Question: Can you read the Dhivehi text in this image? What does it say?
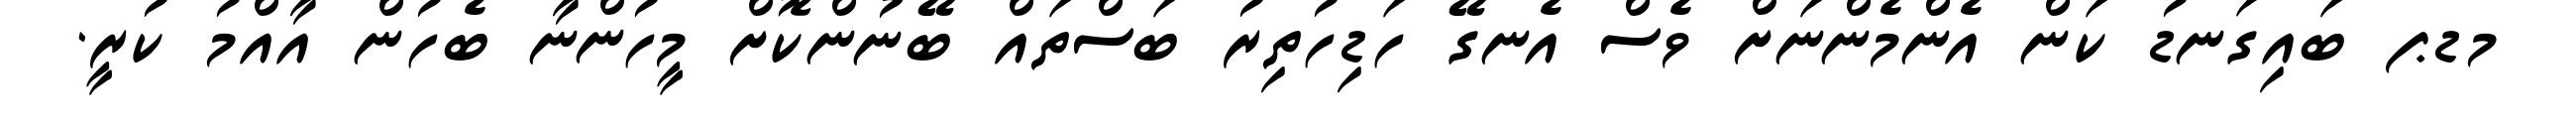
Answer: މޑޕ ބައިގަނޑު ކަން އެންމެންނަށް ވެސް އެނގޭ ހަޑިހުތިރު ބަސްތައް ބޭނުންކޮށް މީހުންނާ ބެހުން އާއްމު ކުރީ.